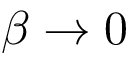
\beta \to 0